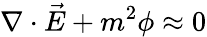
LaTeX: \nabla\cdot{\vec{E}}+m^{2}\phi\approx 0